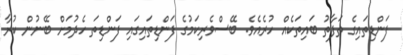
ފަންޑިތައިގެ ތަފާތު ބައިތަކެއް ހުރެއެވެ. ބޭސްވެރިކަމުގެ ފަންޑިތައިގައި ފަންޑިތަ ހެދުމަށް ބޭނުން ކުރާ